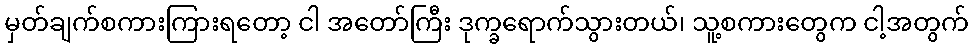
မှတ်ချက်စကားကြားရတော့ ငါ အတော်ကြီး ဒုက္ခရောက်သွားတယ်၊ သူ့စကားတွေက ငါ့အတွက်